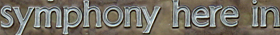
symphony here in